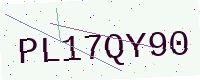
Text: PL17QY90